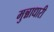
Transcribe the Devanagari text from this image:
मुन्नाधारी